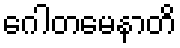
ဂေါတမေနာတိ